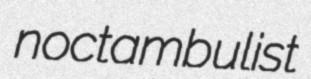
noctambulist